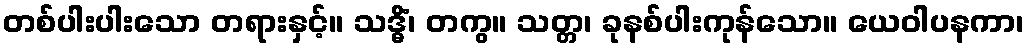
တစ်ပါးပါးသော တရားနှင့်။ သဒ္ဓိံ၊ တကွ။ သတ္တ၊ ခုနစ်ပါးကုန်သော။ ယေဝါပနကာ၊